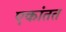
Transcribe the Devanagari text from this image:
एकांतत